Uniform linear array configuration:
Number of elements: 8
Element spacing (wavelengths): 0.75
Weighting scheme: blackman
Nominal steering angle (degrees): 0
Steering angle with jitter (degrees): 0.5434
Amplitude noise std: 0.05
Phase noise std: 0.05

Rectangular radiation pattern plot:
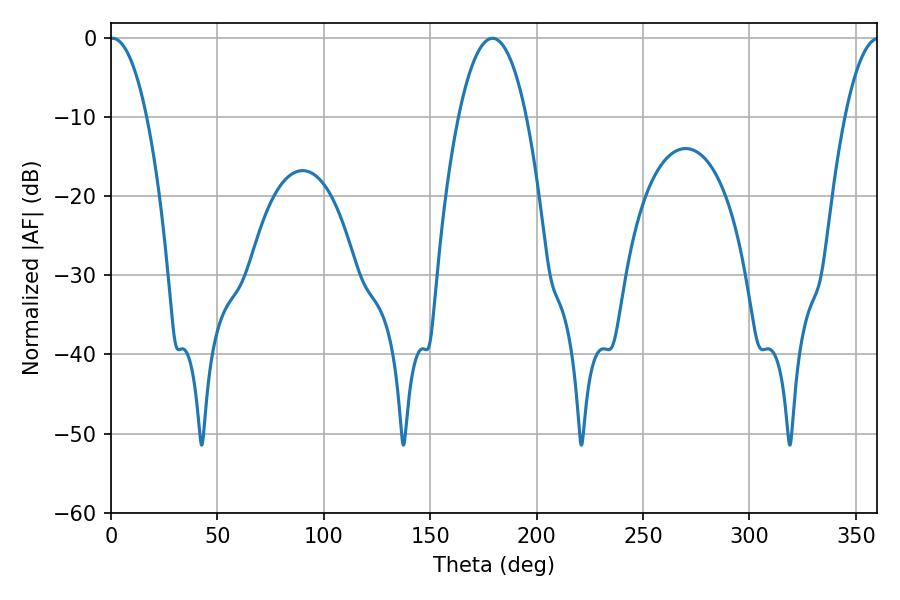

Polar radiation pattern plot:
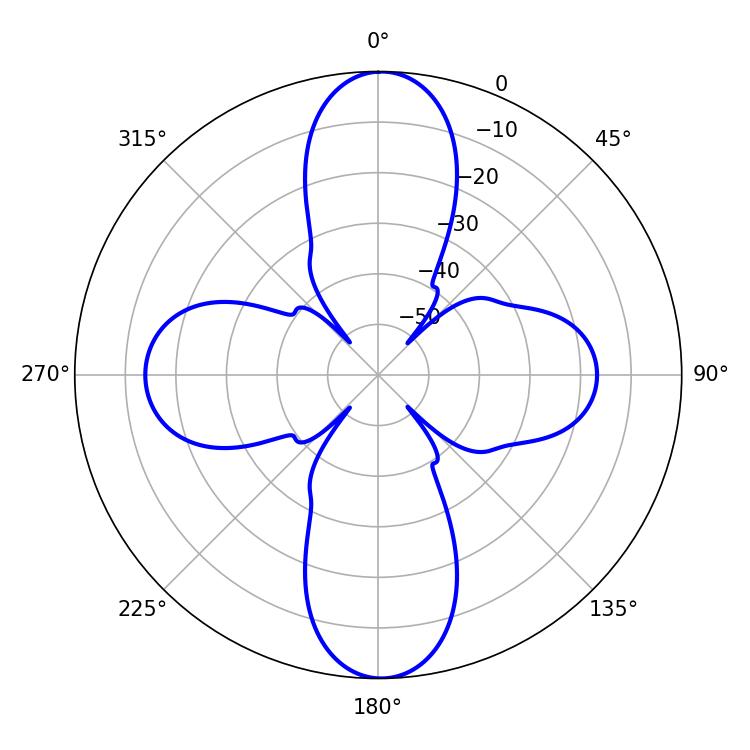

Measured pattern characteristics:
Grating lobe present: TRUE
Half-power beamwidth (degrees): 9.54
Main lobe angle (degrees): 0.72